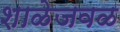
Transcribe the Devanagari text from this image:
शाळेजवळ